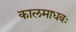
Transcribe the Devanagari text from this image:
कालमाधवः